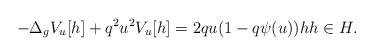
LaTeX: \begin{align*}-\Delta_{g}V_{u}[h]+q^{2}u^{2}V_{u}[h]=2qu(1-q\psi(u))hh\in H.\end{align*}